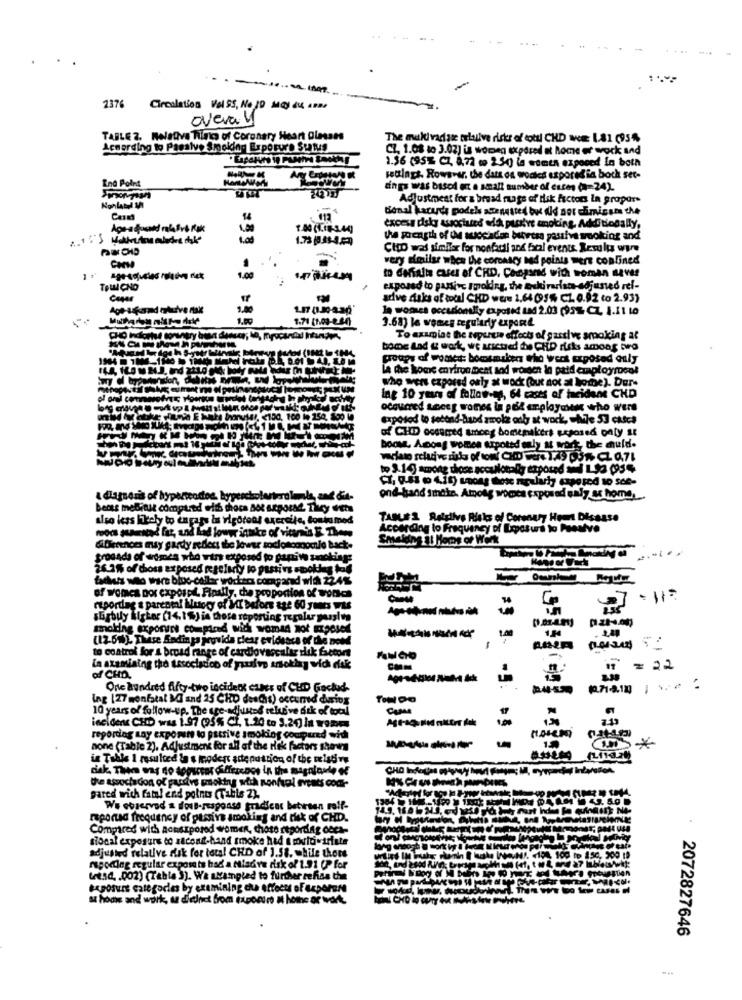
2376
Circulation Vel SS, No ID May du An
overal
TABLE 2. Relativa Tings of Coronary Heart Olmases
The muldradar clusive risks of cool CHD Nom 1.81 (95%)
According to Passivo Smoking Exposure Sutus
CI. 1.08 to 3.02] is women exposed at home ot wock and
1.56 (95% CL, 8,72 m 25g) la women exposed In both
End Point
wetlagt. Rowsvar, the dats os wocies esporedin boch set-
dings was based et a small number of escen (=24).
Adjustment for & bread rage of risk factors In gropar
donal kararda podeks atte nasted but did not chimisses the
14
. 112
1.04 (1.16-3.44)
excess disky associated with purstre smoking. Additionally,
the poength of IM suecaden buress passiva woking and
CHID was similar for nonfadil and bral events. Rer ly wire
very similse when the coronscy nad points mert confined
to EMfalta cases of CRD, Compared with woman naves
1.00
TeWI ÇNO
exposed to passive smoking, the Eskiracists-adjusted ref-
adve saks of total CHD were 1.64 (95% C1 0.92 to 2.93)
1.00
1.87 01.30-230
la wonca occasionally exposed Lad 2.03 (95% CZ 1.11 10
1.00
1.71 (1.09-2.64)
3.68) le women regularly export
To examine the seperti effects of garslye smoking at
bonne Lad & work, we arsctred the CHD risks among two
groups of womed: bomsmaken tho wert exposed ouly
La The home environment and worden la paid employment
who wers exposed only at wock (out not at home). Dur-
Ing 10 years of follow-up, 64 cases of teidere CHD
ocquared seces womes ia pól employones who were
exposod to second-hand amok odby at work, - Mile 53 catca
of CHD occumed among bomenikers seposed paly st
boost. Among women arpoted only at work, the muld.
to 3.140 among those acculotolly exposed med 1 92 054
a diagnosis of
vendod
ond-grand finale. Among wowca exposed qaly se home,
berts mebinit compared with choca ao stporad. They det
also less likely to engage in vigorous exercita, tonkafood
TABLE 2 Roldlivs Risks of Coronary Hem Disease
mooca sansted fat, und Lad loww intake of vitrais I Theme
According to Frequency of Lostus to Paesive
Smakins it Home of Work
differences may gardy reflect the lower socke
bondeno back.
trocada of women who wirs exposed to papive smoking:
76.1% of chioss exposed regelkty to pastivs smolles tad
achats wo wirs bloc-collar workers compand with 224%
of womes por expospt. Finally, che proportion of world
raportlag & parental ilusocy of MI before ate 60 yenes WAS
shabuy kigter (14.1%) is those reporting regular parsley
molding exponent compared wid womad not mooieE
1.00
1.H4
(12-6m) Thise Andinga jegvida clear evidence of the
to control for a broad range of cardiovasc
La axamiaing the association of prusivo An
vid dak
COM
n
= 22
af CHD.
One hundred fifty-two incident cases of CHD Gackud
10.71-8.12]
ing [27 monfatal MI and 25 CHD desChis) occurred during
10 years of follow-up. The age-adjusted telutive stk of total
incidens CHDD was 1.97 (95% Cf. 1.20 to 3.20) in women
reporting any exporune to passive smoking coupured with
none (Table 2). Adjustment for all of the rek factors shows
in Talle 1 resulted &a s moder are puttion of the relating
the assoch con of pardye poking with nonfugl events cock-
pared wich fata! end points (Table 22.
We observed a dosB-response gradiens between rolf-
raportad frequency of passive smoking and risk of CHD.
Compared with acherposed women, those repordag occa-
sional exposure co second-hand smoke had & movie . triste
adjusted relative risk for total CHD of 1.58. hile thors
magorlag regular exports had a Misdiva disk of 1.91 (P for
Let.sd, . 002) (Tabla 3). Wa avampled to further zefiss the
exposure categories by examining cha effects of deparar
su home and work, sa diedniet Som (Aponiro M hothe a
2072827646